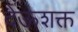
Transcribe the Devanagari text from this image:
देऊशक्त